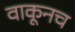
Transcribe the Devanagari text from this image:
वाकूनच